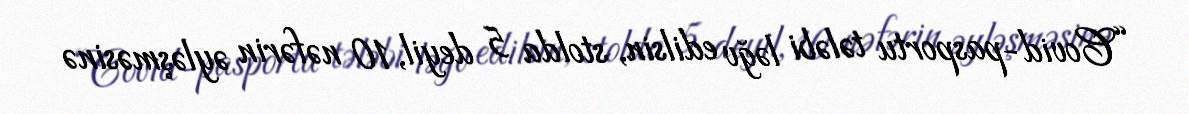
“Covid-pasportu tələbi ləğv edilsin, stolda 5 deyil, 10 nəfərin əyləşməsinə